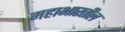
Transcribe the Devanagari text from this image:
महाभारतील